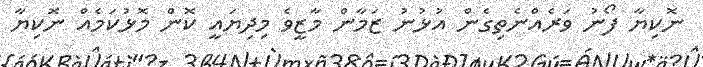
ނޮކިޔާ ފޯނު ވަރެއްނެތިގެން އުޅުނު ޒަމާން މާޒީވެ މިދިޔައީ ކޮން މޮޅުކަމެއް ނޮކިޔާ